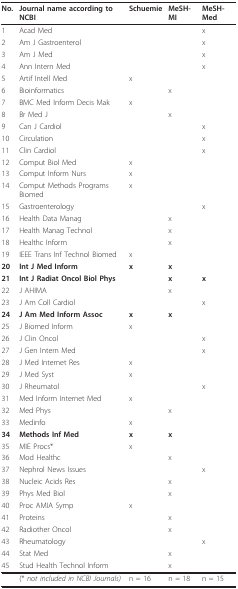
<table><thead><tr><td><b>No.</b></td><td><b>Journal name according to NCBI</b></td><td><b>Schuemie</b></td><td><b>MeSH-MI</b></td><td><b>MeSH-Med</b></td></tr></thead><tbody><tr><td>1</td><td>Acad Med</td><td></td><td></td><td>x</td></tr><tr><td>2</td><td>Am J Gastroenterol</td><td></td><td></td><td>x</td></tr><tr><td>3</td><td>Am J Med</td><td></td><td></td><td>x</td></tr><tr><td>4</td><td>Ann Intern Med</td><td></td><td></td><td>x</td></tr><tr><td>5</td><td>Artif Intell Med</td><td>x</td><td></td><td></td></tr><tr><td>6</td><td>Bioinformatics</td><td></td><td>x</td><td></td></tr><tr><td>7</td><td>BMC Med Inform Decis Mak</td><td>x</td><td></td><td></td></tr><tr><td>8</td><td>Br Med J</td><td></td><td>x</td><td></td></tr><tr><td>9</td><td>Can J Cardiol</td><td></td><td></td><td>x</td></tr><tr><td>10</td><td>Circulation</td><td></td><td></td><td>x</td></tr><tr><td>11</td><td>Clin Cardiol</td><td></td><td></td><td>x</td></tr><tr><td>12</td><td>Comput Biol Med</td><td>x</td><td></td><td></td></tr><tr><td>13</td><td>Comput Inform Nurs</td><td>x</td><td></td><td></td></tr><tr><td>14</td><td>Comput Methods Programs Biomed</td><td>x</td><td></td><td></td></tr><tr><td>15</td><td>Gastroenterology</td><td></td><td></td><td>x</td></tr><tr><td>16</td><td>Health Data Manag</td><td></td><td>x</td><td></td></tr><tr><td>17</td><td>Health Manag Technol</td><td></td><td>x</td><td></td></tr><tr><td>18</td><td>Healthc Inform</td><td></td><td>x</td><td></td></tr><tr><td>19</td><td>IEEE Trans Inf Technol Biomed</td><td>x</td><td></td><td></td></tr><tr><td><b>20</b></td><td><b>Int J Med Inform</b></td><td><b>x</b></td><td><b>x</b></td><td></td></tr><tr><td><b>21</b></td><td><b>Int J Radiat Oncol Biol Phys</b></td><td></td><td><b>x</b></td><td><b>x</b></td></tr><tr><td>22</td><td>J AHIMA</td><td></td><td>x</td><td></td></tr><tr><td>23</td><td>J Am Coll Cardiol</td><td></td><td></td><td>x</td></tr><tr><td><b>24</b></td><td><b>J Am Med Inform Assoc</b></td><td><b>x</b></td><td><b>x</b></td><td></td></tr><tr><td>25</td><td>J Biomed Inform</td><td>x</td><td></td><td></td></tr><tr><td>26</td><td>J Clin Oncol</td><td></td><td></td><td>x</td></tr><tr><td>27</td><td>J Gen Intern Med</td><td></td><td></td><td>x</td></tr><tr><td>28</td><td>J Med Internet Res</td><td>x</td><td></td><td></td></tr><tr><td>29</td><td>J Med Syst</td><td>x</td><td></td><td></td></tr><tr><td>30</td><td>J Rheumatol</td><td></td><td></td><td>x</td></tr><tr><td>31</td><td>Med Inform Internet Med</td><td>x</td><td></td><td></td></tr><tr><td>32</td><td>Med Phys</td><td></td><td>x</td><td></td></tr><tr><td>33</td><td>Medinfo</td><td>x</td><td></td><td></td></tr><tr><td><b>34</b></td><td><b>Methods Inf Med</b></td><td><b>x</b></td><td><b>x</b></td><td></td></tr><tr><td>35</td><td>MIE Procs*</td><td>x</td><td></td><td></td></tr><tr><td>36</td><td>Mod Healthc</td><td></td><td>x</td><td></td></tr><tr><td>37</td><td>Nephrol News Issues</td><td></td><td></td><td>x</td></tr><tr><td>38</td><td>Nucleic Acids Res</td><td></td><td>x</td><td></td></tr><tr><td>39</td><td>Phys Med Biol</td><td></td><td>x</td><td></td></tr><tr><td>40</td><td>Proc AMIA Symp</td><td>x</td><td></td><td></td></tr><tr><td>41</td><td>Proteins</td><td></td><td>x</td><td></td></tr><tr><td>42</td><td>Radiother Oncol</td><td></td><td>x</td><td></td></tr><tr><td>43</td><td>Rheumatology</td><td></td><td></td><td>x</td></tr><tr><td>44</td><td>Stat Med</td><td></td><td>x</td><td></td></tr><tr><td>45</td><td>Stud Health Technol Inform</td><td></td><td>x</td><td></td></tr><tr><td></td><td>(* <i>not included in NCBI Journals)</i></td><td>n = 16</td><td>n = 18</td><td>n = 15</td></tr></tbody></table>